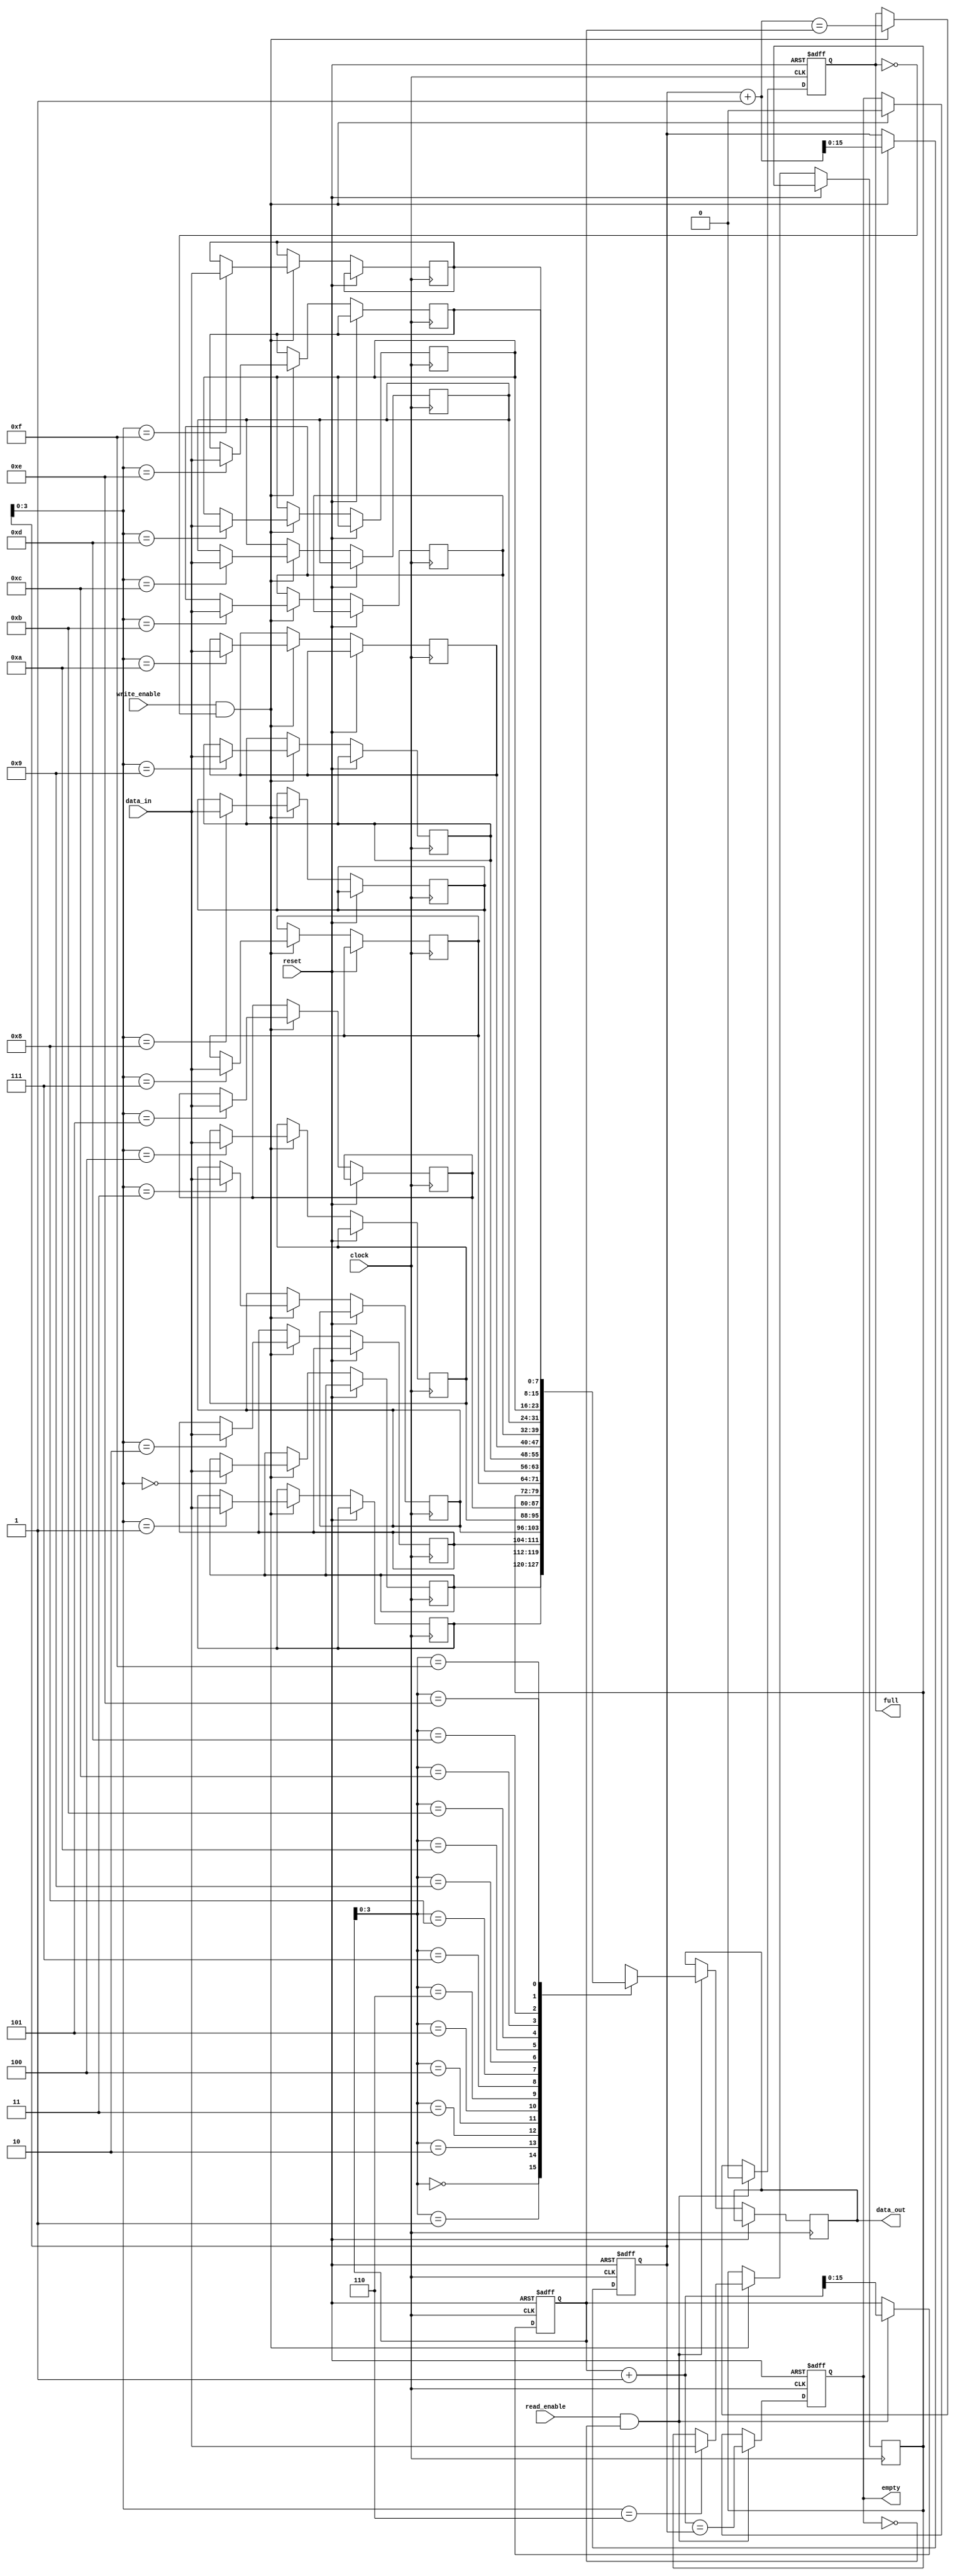
module synchronous_fifo (
    input wire clock,
    input wire reset,
    input wire write_enable,
    input wire read_enable,
    input wire [DATA_WIDTH-1:0] data_in,
    output wire [DATA_WIDTH-1:0] data_out,
    output wire full,
    output wire empty
);

parameter DEPTH = 16;
parameter DATA_WIDTH = 8;

reg [DATA_WIDTH-1:0] memory [0:DEPTH-1];
reg [DEPTH-1:0] write_pointer;
reg [DEPTH-1:0] read_pointer;

always @(posedge clock or posedge reset) begin
    if (reset) begin
        write_pointer <= 0;
        read_pointer <= 0;
        full <= 0;
        empty <= 1;
    end else begin
        if (write_enable && !full) begin
            memory[write_pointer] <= data_in;
            write_pointer <= write_pointer + 1;
            full <= (write_pointer + 1 == read_pointer);
            empty <= 0;
        end
        if (read_enable && !empty) begin
            data_out <= memory[read_pointer];
            read_pointer <= read_pointer + 1;
            empty <= (read_pointer + 1 == write_pointer);
            full <= 0;
        end
    end
end

endmodule